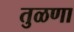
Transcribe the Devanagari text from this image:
तुळणा